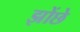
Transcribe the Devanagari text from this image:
झोंछे